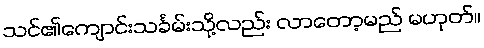
သင်၏ကျောင်းသင်္ခမ်းသို့လည်း လာတော့မည် မဟုတ်။